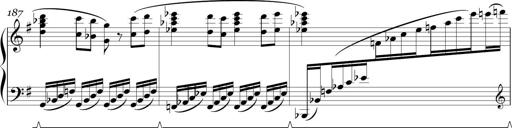
Title: Sonatina in E minor
Composer: Shuwen Zhang
Key: E minor